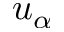
u _ { \alpha }